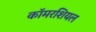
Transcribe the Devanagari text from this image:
कॉमरशियल